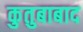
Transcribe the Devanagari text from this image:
कुतुबाबाद